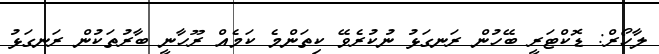
ލާހޯރް: ޑޮކްޓަރީ ބޭހުން ރަނގަޅު ނުކުރެވޭ ކިތަންމެ ކަމެއް ރޫހާނީ ބާރުތަކުން ރަނގަޅު